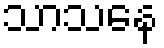
သာသနေ